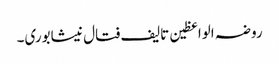
روضہ الواعظین تالیف فتال نیشابوری۔